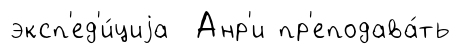
эксп'ед'и́циjа Анр'и пр'еподава́ть